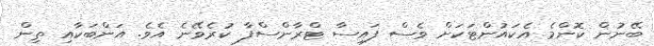
ބޭނުން ކޮންމެ އެކައުންޓަކަށް ވެސް ފައިސާ ޓްރާންސްފާ ކުރެވޭނެ އެވެ. އަންބަކާއި ތިން